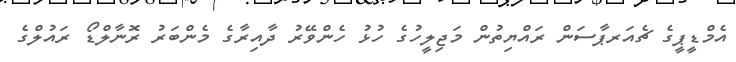
އެމްޑީޕީގެ ޗެއަރޕާސަން ރައްޔިތުން މަޖިލީހުގެ ހުޅު ހެންވޭރު ދާއިރާގެ މެންބަރު ރޮނާލްޑޯ ރައުލްގެ